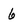
Character: 6